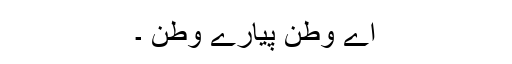
اے وطن پیارے وطن ۔